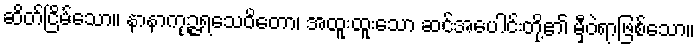
ဆိတ်ငြိမ်သော။ နာနာကုဉ္ဇရသေဝိတော၊ အထူးထူးသော ဆင်အပေါင်းတို့၏ မှီဝဲရာဖြစ်သော။